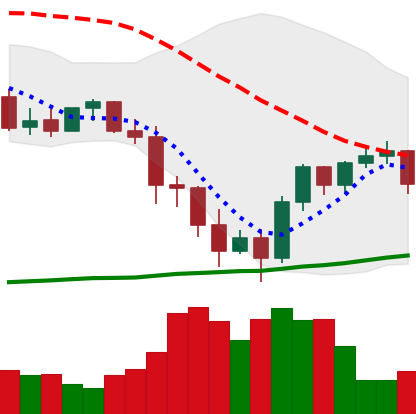
Ticker: BNB-USD
Chart end date: 2022-01-17
Forward return: -24.724%
Label: down_7plus